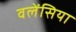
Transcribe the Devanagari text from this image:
वलेंसिया